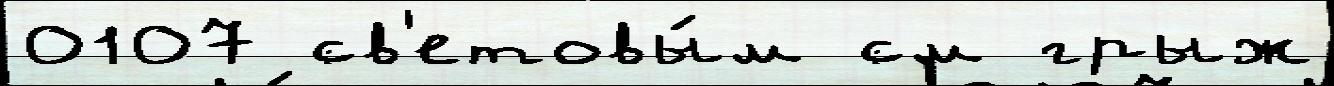
0107 св'етовы́м см грыж